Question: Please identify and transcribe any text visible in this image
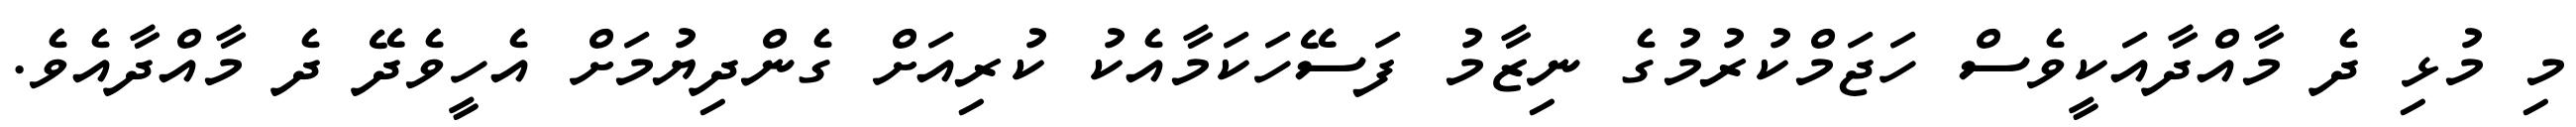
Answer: މި މުޅި ދެ މާއްދާއަކީވެސް ހަޖަމްކުރުމުގެ ނިޒާމު ފަސޭހަކަމާއެކު ކުރިއަށް ގެންދިޔުމަށް އެހީވެދޭ ދެ މާއްދާއެވެ.